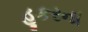
હૂકરના